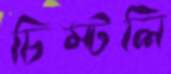
চিম্‌টলি